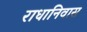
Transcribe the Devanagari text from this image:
राधानिवास